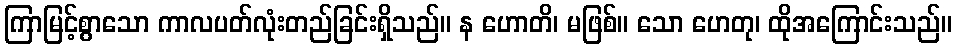
ကြာမြင့်စွာသော ကာလပတ်လုံးတည်ခြင်းရှိသည်။ န ဟောတိ၊ မဖြစ်။ သော ဟေတု၊ ထိုအကြောင်းသည်။